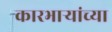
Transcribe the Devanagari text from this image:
कारभार्‍यांच्या